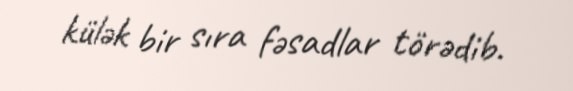
külək bir sıra fəsadlar törədib.